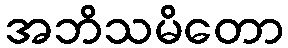
အဘိသမိတော